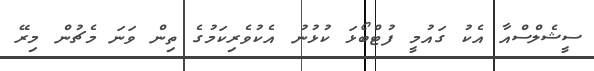
ސީޝެލްސްއާ އެކު ގައުމީ ފުޓްބޯޅަ ކުޅުނު އެކުވެރިކަމުގެ ތިން ވަނަ މެޗުން މިރޭ